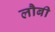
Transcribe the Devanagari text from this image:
लौबी